Reports on military cantonments and civil stations in the Presidency of Bombay inspected by the Sanitary Commissioner in the years 1875 and 1876
Year: 1875
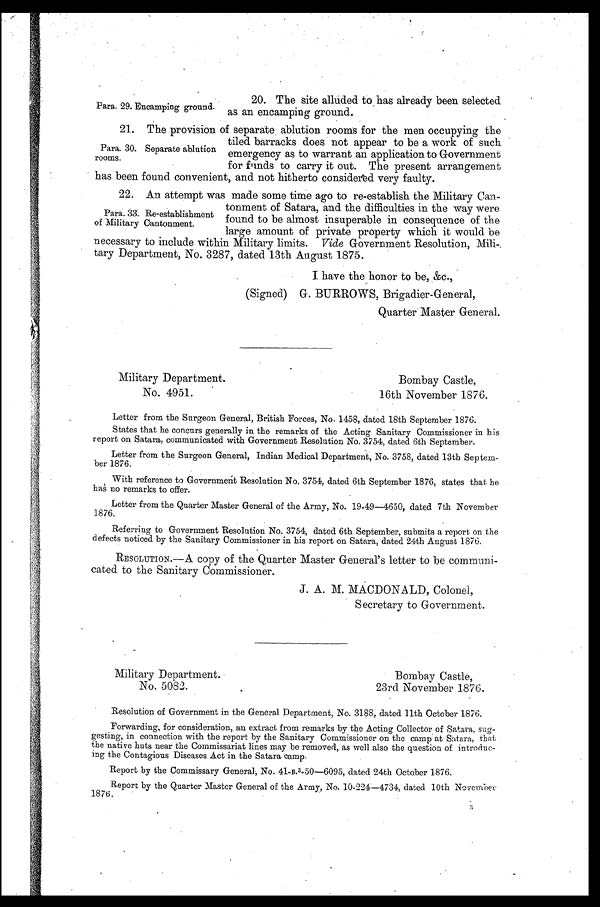
20. The site alluded to has already been selected
Para.. 29. Encamping ground. as an encamping ground.
21. The provision of separate ablution rooms for the men occupying the
tiled barracks does not appear to be a work of such
Para. 30. Separate ablution emergency as to warrant an application to Government
rooms.
for funds to carry it out. The present arrangement
has been found convenient, and not hitherto considered very faulty.
22. An attempt was made some time ago to re-establish the Military Can-
tonment of Satara, and the difficulties in the way were
Para. 33. Re-establishment
of Military Cantonment.
found to be almost insuperable in consequence of the
large amount of private property which it would be
necessary to include within Military limits. Vide Government Resolution, Mili-,
tary Department, No. 3287, dated 13th August 1875.
I have the honor to be, &c.,
(Signed) G. BURROWS, Brigadier-General,
Quarter Master General.
Military Department.
Bombay Castle,
No. 4951.
16th November 1876.
•
Letter from the Surgeon General, British Forces, No. 1458, dated 18th September 1876.
States that he concurs generally in the remarks of the Acting Sanitary Commissioner in his
report on Satara, communicated with Government Resolution No. 3754, dated 6th September.
Letter from the Surgeon General, Indian Medical Department, No. 3758, dated 13th Sep tem-
ber 1876.
With reference to Government Resolution No. 3754, dated 6th September 1876, states that he
has no remarks to offer.
Letter from the Quarter Master General of the Army, No. 19-49—4650, dated 7th November
1876.
Referring to Government Resolution No. 3754, dated 6th September, submits a report on the
defects noticed by the Sanitary Commissioner in his report on Satara, dated 24th August 1876.
RESOLUTION.—A copy of the Quarter Master General's letter to be communi-
cated to the Sanitary Commissioner.
J. A. M. MACDONALD, Colonel,
Secretary to Government.
Military Department.
Bombay Castle,
No. 5082.
23rd November 1876.
Resolution of Government in the General Department, No. 3188, dated 11th October 1876.
Forwarding, for consideration, an extract from remarks by the Acting Collector of Satara, sug-
gesting, in connection with the report by the Sanitary Commissioner on the camp at Satara, that
the native huts near the Commissariat lines may be removed, as well also the question of introduc-
-ing the Contagious Diseases Act in the Satara camp.
Report by the Commissary General, No. 41-B.3-50—6095, dated 24th October 1876.
Report by the Quarter Master General of the Army, No. 10-224—4734, dated 10th November
1876.
3